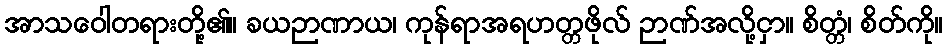
အာသဝေါတရားတို့၏။ ခယဉာဏာယ၊ ကုန်ရာအရဟတ္တဖိုလ် ဉာဏ်အလို့ငှာ။ စိတ္တံ၊ စိတ်ကို။